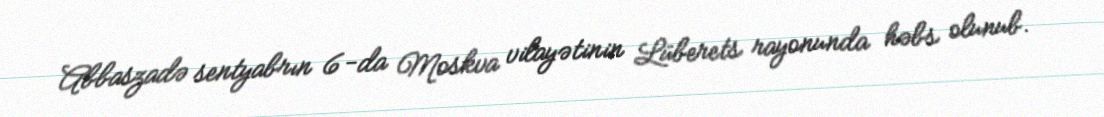
Abbaszadə sentyabrın 6-da Moskva vilayətinin Lüberets rayonunda həbs olunub.